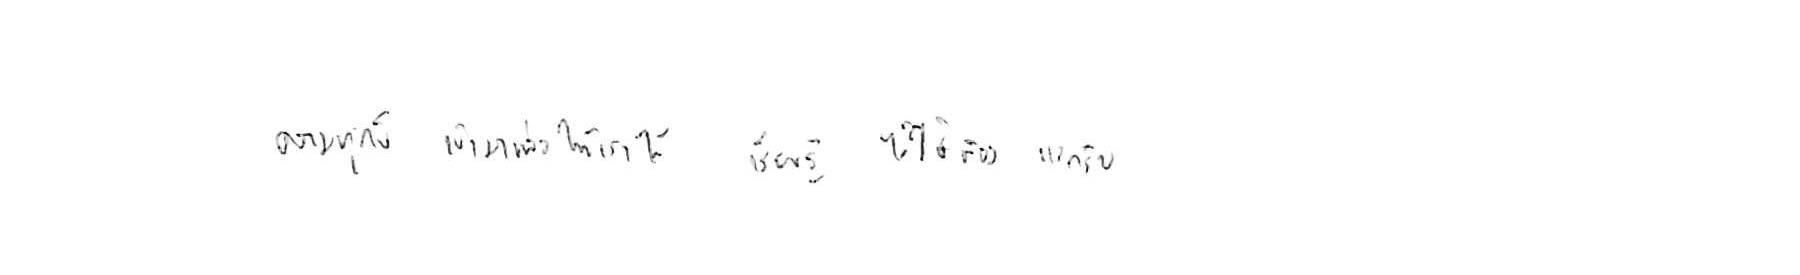
ความทุกข์ เข้ามาเพื่อให้เราได้ เรียนรู้ ไม่ใช่ต้อง แบกรับ